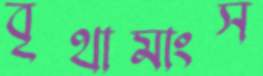
বৃথামাংস